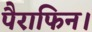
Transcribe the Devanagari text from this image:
पैराफिन।